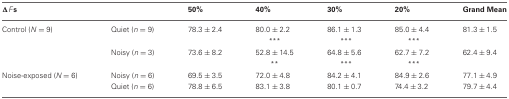
<table><thead><tr><td><b>Δ<i>F</i>s</b></td><td></td><td><b>50%</b></td><td><b>40%</b></td><td><b>30%</b></td><td><b>20%</b></td><td><b>Grand Mean</b></td></tr></thead><tbody><tr><td>Control (<i>N</i> = 9)</td><td>Quiet (<i>n</i> = 9)</td><td>78.3 ± 2.4</td><td>80.0 ± 2.2</td><td>86.1 ± 1.3</td><td>85.0 ± 4.4</td><td>81.3 ± 1.5</td></tr><tr><td></td><td></td><td></td><td><sup>***</sup></td><td><sup>***</sup></td><td><sup>***</sup></td><td></td></tr><tr><td></td><td>Noisy (<i>n</i> = 3)</td><td>73.6 ± 8.2</td><td>52.8 ± 14.5</td><td>64.8 ± 5.6</td><td>62.7 ± 7.2</td><td>62.4 ± 9.4</td></tr><tr><td></td><td></td><td></td><td><sup>**</sup></td><td><sup>***</sup></td><td><sup>***</sup></td><td></td></tr><tr><td>Noise-exposed (<i>N</i> = 6)</td><td>Noisy (<i>n</i> = 6)</td><td>69.5 ± 3.5</td><td>72.0 ± 4.8</td><td>84.2 ± 4.1</td><td>84.9 ± 2.6</td><td>77.1 ± 4.9</td></tr><tr><td></td><td>Quiet (<i>n</i> = 6)</td><td>78.8 ± 6.5</td><td>83.1 ± 3.8</td><td>80.1 ± 0.7</td><td>74.4 ± 3.2</td><td>79.7 ± 4.4</td></tr></tbody></table>